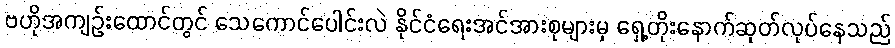
ဗဟိုအကျဉ်းထောင်တွင် သေကောင်ပေါင်းလဲ နိုင်ငံရေးအင်အားစုများမှ ရှေ့တိုးနောက်ဆုတ်လုပ်နေသည်